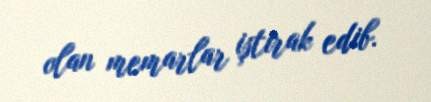
olan memarlar iştirak edib.